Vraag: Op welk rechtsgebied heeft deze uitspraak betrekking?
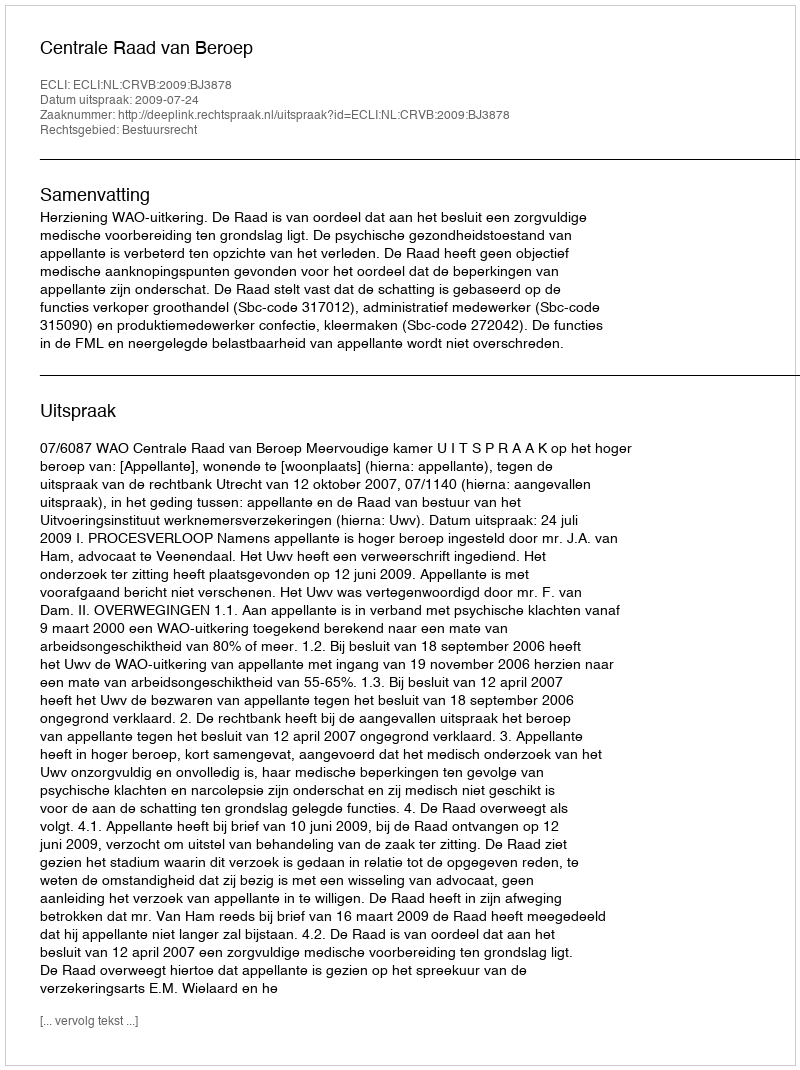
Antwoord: Bestuursrecht